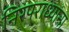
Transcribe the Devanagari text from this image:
निरपराध्यांना